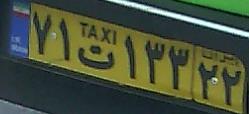
۷۱ت۱۳۳۲۲